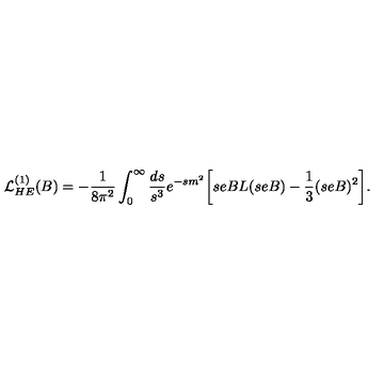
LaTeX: { \cal L } _ { H E } ^ { ( 1 ) } ( B ) = - { \frac { 1 } { 8 \pi ^ { 2 } } } \int _ { 0 } ^ { \infty } { \frac { d s } { s ^ { 3 } } } e ^ { - s m ^ { 2 } } \biggl [ s e B L ( s e B ) - { \frac { 1 } { 3 } } ( s e B ) ^ { 2 } \biggr ] .